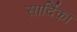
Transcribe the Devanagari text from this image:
सार्दिका